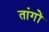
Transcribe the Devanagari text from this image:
तांगों